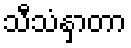
သီသံနှာတာ